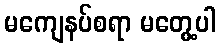
မကျေနပ်စရာ မတွေ့ပါ